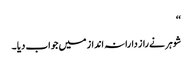
‘‘
شوہر نے راز دارانہ انداز میں جواب دیا ۔